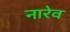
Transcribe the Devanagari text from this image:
नारेव